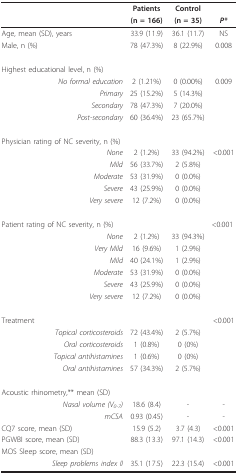
|  | Patients | Control |  |
 |  | (n = 166) | (n = 35) | P* |
 | --- | --- | --- | --- |
 | Age, mean (SD), years | 33.9 (11.9) | 36.1 (11.7) | NS |
 | Male, n (%) | 78 (47.3%) | 8 (22.9%) | 0.008 |
 | Highest educational level, n (%) |  |  |  |
 | No formal education | 2 (1.21%) | 0 (0.00%) | 0.009 |
 | Primary | 25 (15.2%) | 5 (14.3%) |  |
 | Secondary | 78 (47.3%) | 7 (20.0%) |  |
 | Post-secondary | 60 (36.4%) | 23 (65.7%) |  |
 | Physician rating of NC severity, n (%) |  |  |  |
 | None | 2 (1.2%) | 33 (94.2%) | <0.001 |
 | Mild | 56 (33.7%) | 2 (5.8%) |  |
 | Moderate | 53 (31.9%) | 0 (0.0%) |  |
 | Severe | 43 (25.9%) | 0 (0.0%) |  |
 | Very severe | 12 (7.2%) | 0 (0.0%) |  |
 | Patient rating of NC severity, n (%) |  |  | <0.001 |
 | None | 2 (1.2%) | 33 (94.3%) |  |
 | Very Mild | 16 (9.6%) | 1 (2.9%) |  |
 | Mild | 40 (24.1%) | 1 (2.9%) |  |
 | Moderate | 53 (31.9%) | 0 (0.0%) |  |
 | Severe | 43 (25.9%) | 0 (0.0%) |  |
 | Very severe | 12 (7.2%) | 0 (0.0%) |  |
 | Treatment |  |  | <0.001 |
 | Topical corticosteroids | 72 (43.4%) | 2 (5.7%) |  |
 | Oral corticosteroids | 1 (0.8%) | 0 (0%) |  |
 | Topical antihistamines | 1 (0.6%) | 0 (0%) |  |
 | Oral antihistamines | 57 (34.3%) | 2 (5.7%) |  |
 | Acoustic rhinometry,** mean (SD) |  |  |  |
 | Nasal volume (V0-7) | 18.6 (8.4) | - | - |
 | mCSA | 0.93 (0.45) | - | - |
 | CQ7 score, mean (SD) | 15.9 (5.2) | 3.7 (4.3) | <0.001 |
 | PGWBI score, mean (SD) | 88.3 (13.3) | 97.1 (14.3) | <0.001 |
 | MOS Sleep score, mean (SD) |  |  |  |
 | Sleep problems index II | 35.1 (17.5) | 22.3 (15.4) | <0.001 |